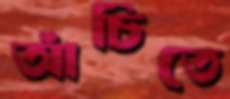
আঁচিতে